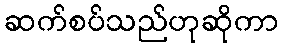
ဆက်စပ်သည်ဟုဆိုကာ